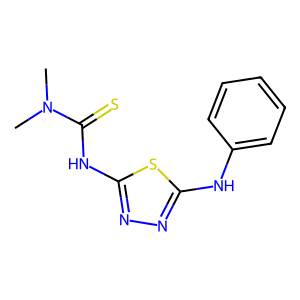
SMILES: CN(C)C(=S)Nc1nnc(Nc2ccccc2)s1
Inhibits HIV replication: No